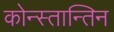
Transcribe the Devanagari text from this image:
कोन्स्तान्तिन